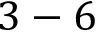
3 - 6